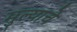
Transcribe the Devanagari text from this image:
मुल्याचे